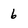
Character: 6